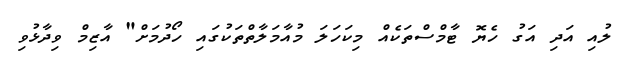
ލުއި އަދި އަގު ހެޔޮ ޓާމްސްތަކެއް މިކަހަލަ މުއާމަލާތްތަކުގައި ހޯދުމަށް" އާޒިމް ވިދާޅުވި